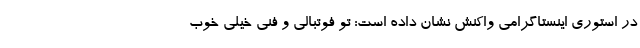
در استوری اینستاگرامی واکنش نشان داده است: تو فوتبالی و فنی خیلی خوب